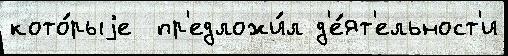
кото́рыjе  пр'едложи́л д'е́ят'ельност'и